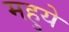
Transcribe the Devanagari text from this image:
महुये